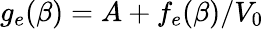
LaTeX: g_{e}(\beta)=A+f_{e}(\beta)/V_{0}